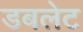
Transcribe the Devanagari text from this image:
डबलेट